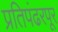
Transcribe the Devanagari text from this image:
प्रतिपंढरपूर